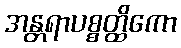
အန္တရာပစ္စတ္ထိကော